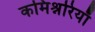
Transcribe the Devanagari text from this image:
कमिश्नरियाँ